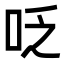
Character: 𠰏